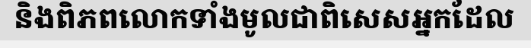
និងពិភពលោកទាំងមូលជាពិសេសអ្នកដែល